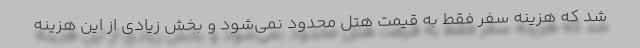
شد که هزینه سفر فقط به قیمت هتل محدود نمی‌شود و بخش زیادی از این هزینه